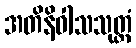
အတိနိဝါသသုတ္တံ